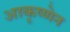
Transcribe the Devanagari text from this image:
आकृष्णेन